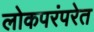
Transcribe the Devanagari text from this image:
लोकपरंपरेत